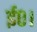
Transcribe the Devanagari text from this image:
ई०।